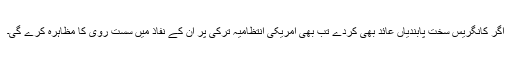
اگر کانگریس سخت پابندیاں عائد بھی کردے تب بھی امریکی انتظامیہ ترکی پر ان کے نفاذ میں سست روی کا مظاہرہ کرے گی۔